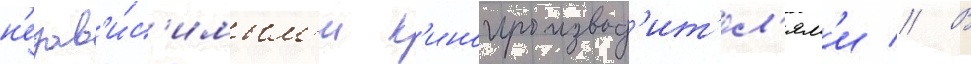
н'езав'и́с'имым'и к'инопроизвод'ит'ел'ям'и // В